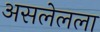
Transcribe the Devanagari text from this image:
असलेलला